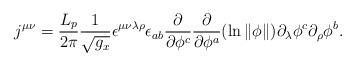
LaTeX: \begin{align*}j^{\mu \nu }=\frac{L_p}{2\pi }\frac 1{\sqrt{g_x}}\epsilon ^{\mu\nu \lambda \rho }\epsilon _{ab}\frac \partial {\partial \phi ^c}\frac\partial {\partial \phi ^a}(\ln \Vert \phi \Vert )\partial _\lambda \phi^c\partial _\rho \phi ^b.\end{align*}